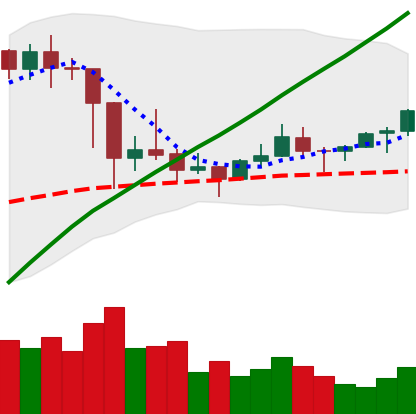
Ticker: LTC-USD
Chart end date: 2021-03-09
Forward return: 5.725%
Label: up_5_7